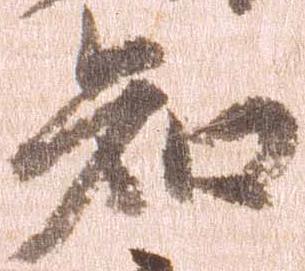
知